King Institute of Preventive Medicine Micro-Biological Section reports 1912-19
Year: 1912
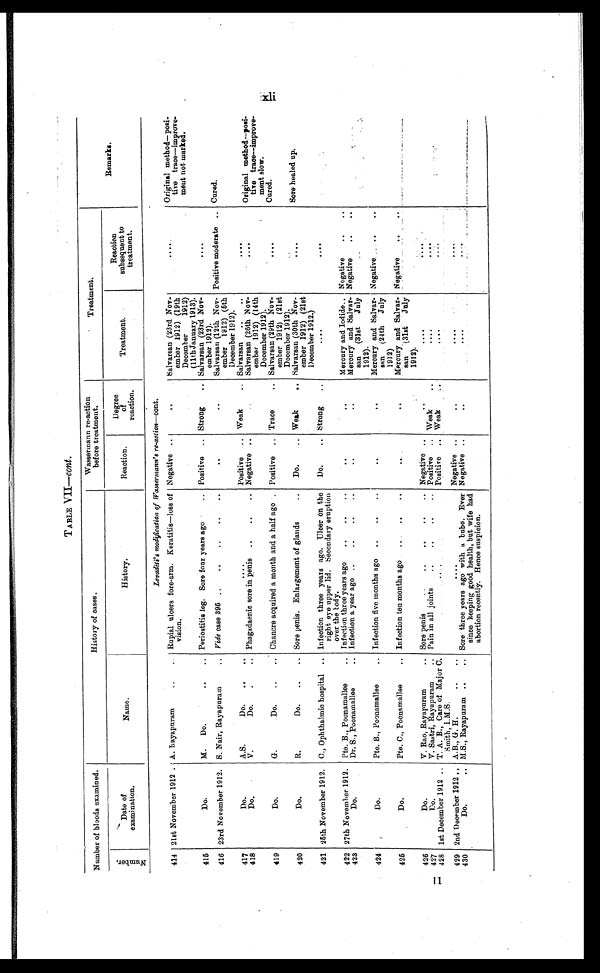
T ABLE VII—cont.
Number of bloods examined.
History of cases.
Wassermann re-action
before treatment.
Treatment.
N u m b e r .
Date of
examination.
Name.
History.
Reaction.
Degree
of
reaction.
Treatment.
Reaction
subsequent to
treatment.
Remarks.
Levaditi's modification of Wassermann's re-action—cont.
414 21st November 1912 . A. Rayapuram . . .
Rupial ulcers fore-arm. Keratitis—loss of
vision.
Negative . . .
. . .
Salvarsan (23rd Nov-
ember 1912) (19th
December 1912)
(11th January 1913).
. . .
Original method—posi-
tive trace—improve
-
ment not marked.
415
Do.
M.
Do. . . .
Periostitis leg. Sore four years ago . . .. Positive . . . Strong . . .
Salvarsan (23rd Nov-
ember 1912).
. . .
416 23rd November 1912. S. Nair, Rayapuram . . .
Vide case 395 . . .
. . .
. . .
Salvarsan (12th Nov-
ember 1912) (5th
December 1912).
Positive moderate . . .
Cured.
417
Do.
A.S.
Do. . . .
. . .
Positive . . . Weak . . .
Salvarsan . . .
. . .
418
Do.
V.
Do. . . .
Phagadaenic sore in penis . . . Negative . . .
. . .
Salvarsan (26th Nov-
ember 1912) (14th
December 1912).
. . .
Original method—posi-
tive trace-improve-ment slow.
ment slow.
419
Do.
G.
Do. . . .
Chancre acquired a month and a half ago . . . Positive . . . Trace . . .
Salvarsan (29th Nov-
ember 1912) (21st
December 1912).
. . .
Cured.
420
Do.
R.
Do. . ..
Sore penis. Enlargement of glands . . .
Do. . . .. Weak . . .
Salvarsan (30th Nov-
ember 1912) (21st
December 1912.)
. . .
Sore healed up.
421 26th November 1912.
C., Ophthalmic hospital . . .
Infection three years ago. Ulcer on the
right eye upper lid. Secondary eruption
over the body.
Do. . . . Strong . . .
. . .
. . .
422 27th November 1912.
Pte. B., Poonamallee . . .
Infection three years ago . . .
. . .
. . .
Mercury and Iodide . . . Negative
. . .
423
Do.
Dr. S., Poonamallee . . .
Infection a year ago . . .
Mercury and Salvar-
san (31st
Jul
1912).
Negative . . .
. . .
424
Do.
Pte. B., Poonamallee . . .
Infection five months ago . . .
. . .
. . .
Mercury and Salvar-
san (24th
July
1912)
Negative . . .
425
Do.
Pte. C., Poonamallee . . .
Infection ten months ago . . .
. . .
. . .
Mercury and Salvar-
san (31st
July
1912).
Negative . . . . . .
426
V. Rao, Rayapuram
. . . Sore penis . . .
Do.
Negative . . .
. . .
. . .
. . .
427
D o .
V. Sastri, Rayapuram . . .
Pain in all joints . . .
Weak . . ..
Positive . . .
. . .
. . .
428
1st December 1912 . . . T. A. B., Care of Major C.
Smith, I .M.S.
. . . Positive . . .
Weak
. . .
. . .
429
2nd December 1912 . . . A. B., G. H. . . .
. . .
Negative . . .
. . .
. . .
. . .
430
Do.
M.S., Rayapuram . . .
Sore three years ago with a bubo. Ever
since keeping good health, but wife had
abortion recently. Hence suspicion.
Negative . . .
. . .
. . .
. . .
. . .